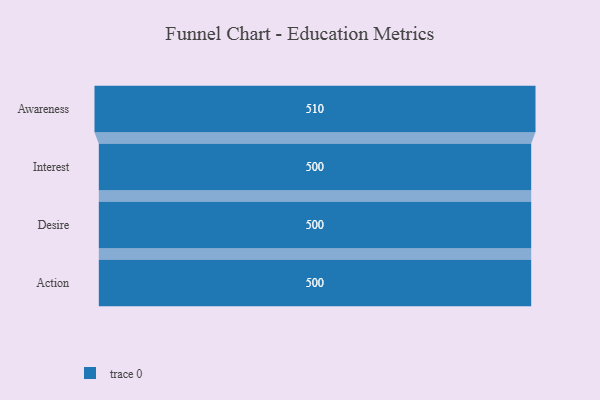
{"axis": {"x": "Stage", "y": "Value"}, "legend": [""], "data": [{"x": "Awareness", "y": 510.0, "type": ""}, {"x": "Interest", "y": 500, "type": ""}, {"x": "Desire", "y": 500, "type": ""}, {"x": "Action", "y": 500, "type": ""}]}